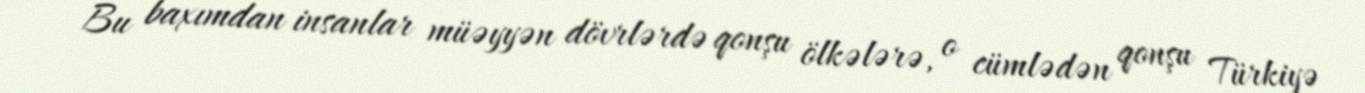
Bu baxımdan insanlar müəyyən dövrlərdə qonşu ölkələrə, o cümlədən qonşu Türkiyə